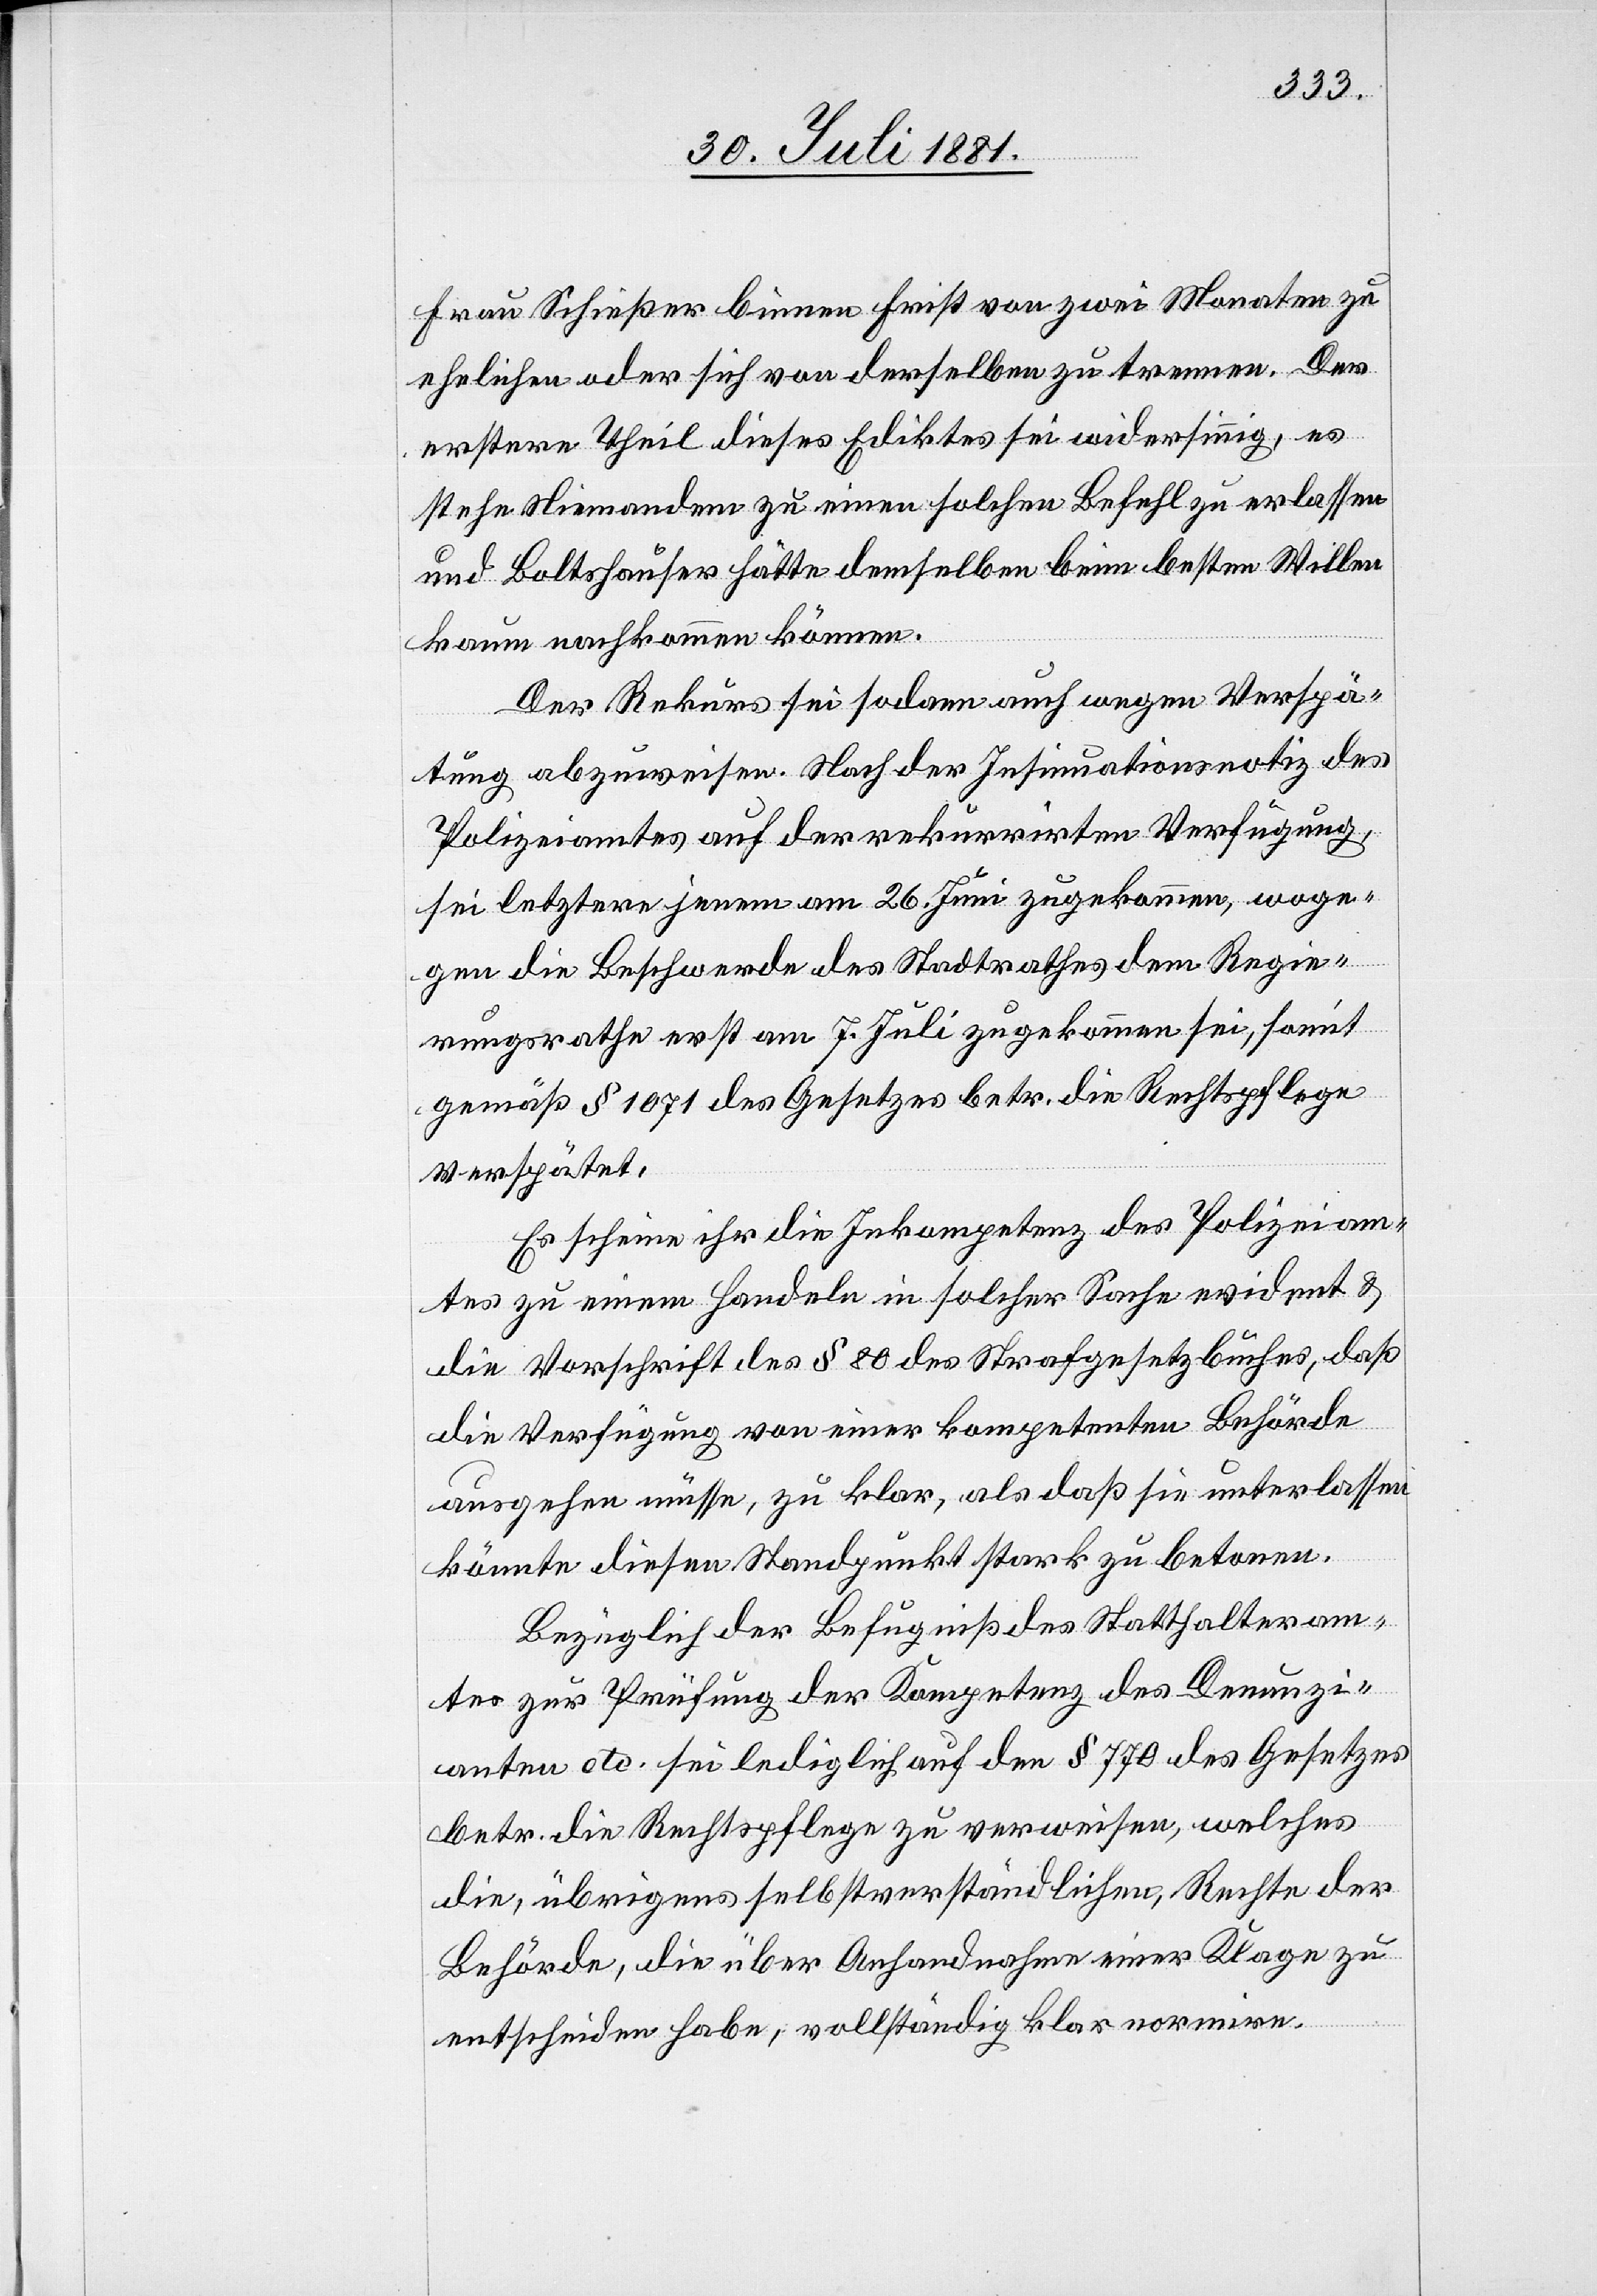
Frau Schießer binnen Frist von zwei Monaten zu
ehelichen oder sich von derselben zu trennen. Der
erstere Theil dieses Ediktes sei widersinnig, es
stehe Niemandem zu einen solchen Befehl zu erlassen
und Boltshauser hätte demselben beim besten Willen
kaum nachkommen können.
Der Rekurs sei sodann auch wegen Verspä¬
tung abzuweisen. Nach der Insinuationsnotiz des
Polizeiamtes auf der rekurirrten Verfügung,
sei letztere jenem am 26. Juni zugekommen, woge¬
gen die Beschwerde des Stadtrathes dem Regie¬
rungsrathe erst am 7. Juli zugekommen sei, somit
gemäß § 1071 des Gesetzes betr. die Rechtspflege
verspätet.
Es scheine ihr die Inkompetenz des Polizeiam¬
tes zu einem Handeln in solcher Sache evident &
die Vorschrift des § 80 des Strafgesetzbuches, daß
die Verfügung von einer kompetenten Behörde
ausgehen müsse, zu klar, als daß sie unterlassen
könnte diesen Standpunkt stark zu betonen.
Bezüglich der Befugniß des Statthalteram¬
tes zur Prüfung der Kompetenz des Denunzi¬
anten etc. sei lediglich auf den § 770 des Gesetzes
betr. die Rechtspflege zu verweisen, welches
die, übrigens selbstverständlichen, Rechte der
Behörde, die über Anhandnahme einer Klage zu
entscheiden habe, vollständig klar normire.